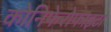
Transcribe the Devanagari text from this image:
कोनिफेरोफाइटा